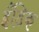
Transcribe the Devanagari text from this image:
इँडिक